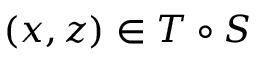
( x , z ) \in T \circ S